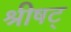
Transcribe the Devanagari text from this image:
श्रीषट्